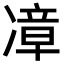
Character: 𪞬